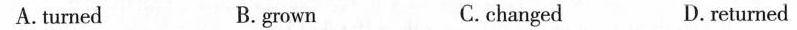
A.turned B. grown C.changed D. returned